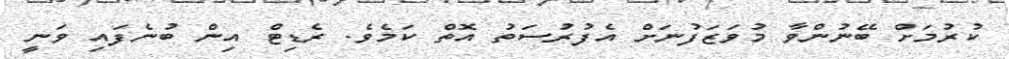
ކުރުމަށް ބޭނުންވާ މުވަޒަފުނަށް އެފުރުސަތު އޮތް ކަމެވެ. ރެޑިޓް އިން ބުނެފައި ވަނީ